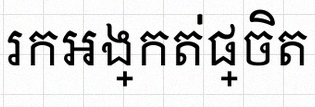
រកអង្កត់ផ្ចិត